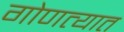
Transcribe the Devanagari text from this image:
गोणत्यात